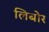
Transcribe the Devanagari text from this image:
लिबोर